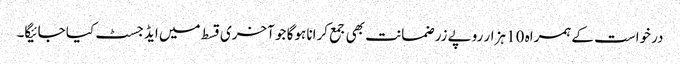
درخواست کے ہمراہ 10 ہزار روپے زر ضمانت بھی جمع کرانا ہوگا جو آخری قسط میں ایڈجسٹ کیا جائیگا۔